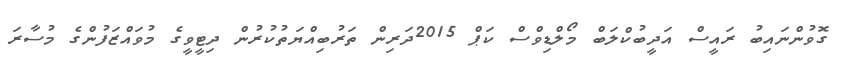
ގޮވުންނައިބު ރައީސް އަދީބުކްލަބް މޯލްޑިވްސް ކަޕް 2015ދަރިން ތަރުބިއްޔަތުކުރުން ދިޓީވީގެ މުވައްޒަފުންގެ މުސާރަ